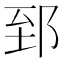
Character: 郅